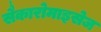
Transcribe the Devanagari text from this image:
सैकारोमाइसेज